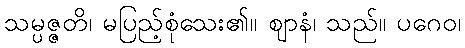
သမ္ပဇ္ဇတိ၊ မပြည့်စုံသေး၏။ ဈာနံ၊ သည်။ ပဂေဝ၊